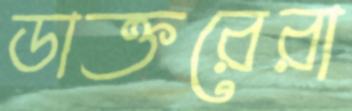
ডাক্তরেরা